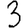
Digit: 3